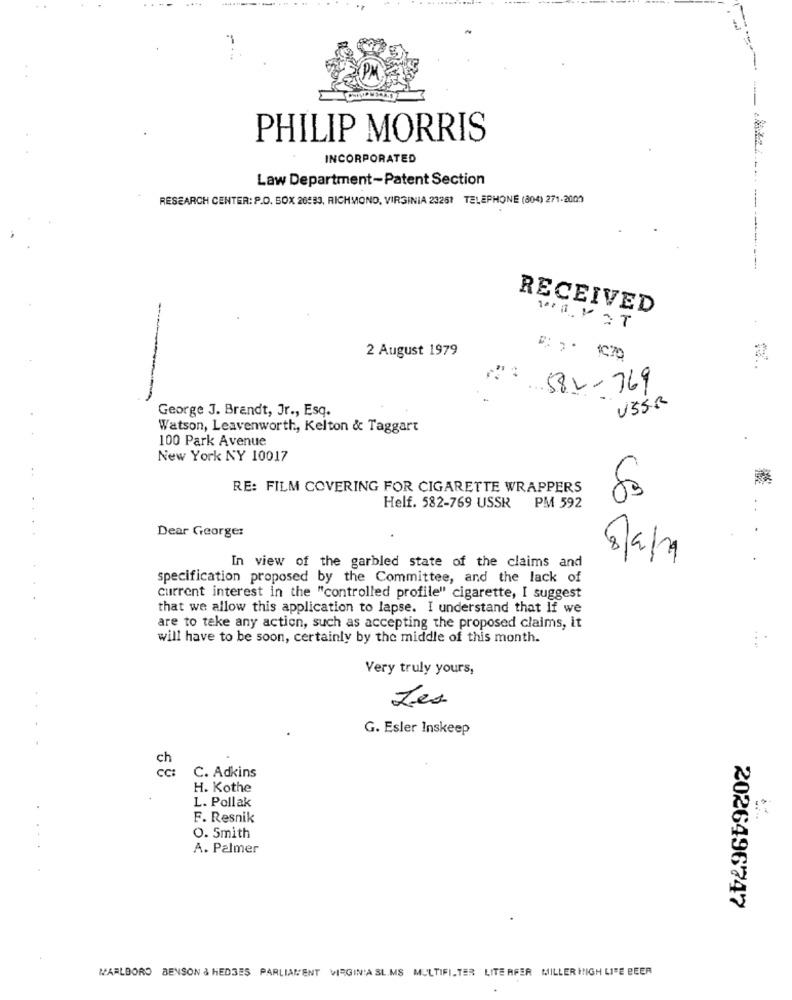
.**
PHILIP MORRIS
INCORPORATED
Law Department-Patent Section
RESEARCH CENTER: P.O. BOX 26533, RICHMOND, VIRGINIA 23261 TELEPHONE (804) 271-2000
RECEIVED
-
2 August 1979
582-769
-
George J. Brandt, Jr ., Esq.
USSR
Watson, Leavenworth, Kelton & Taggart
100 Park Avenue
New York NY 10017
RE: FILM COVERING FOR CIGARETTE WRAPPERS
Helf. 582-769 USSR PM 592
Dear George:
8/9/19
In view of the garbled state of the claims and
specification proposed by the Committee, and the lack of
current interest in the "controlled profile" cigarette, I suggest
that we allow this application to lapse. I understand that If we
are to take any action, such as accepting the proposed claims, it
will have to be soon, certainly by the middle of this month.
Very truly yours,
Les
G. Esler Inskeep
6 8
C. Adkins
H. Kothe
L. Pollak
F. Resnik
O. Smith
A. Palmer
2026496747
MARLBORO BENSON & HEDGES PARLIAMENT VIRGINIA SL.MS MULTIFILTER LITERFER MILLER HIGH LIFE BEER